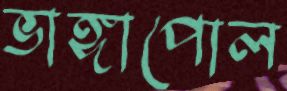
ভাঙ্গাপোল